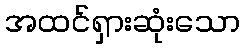
အထင်ရှားဆုံးသော